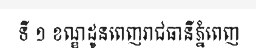
ទី ១ ខណ្ឌដូនពេញរាជធានីភ្នំពេញ